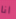
انا